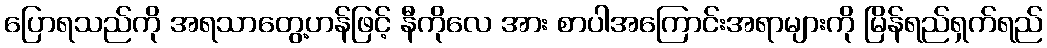
ပြောရသည်ကို အရသာတွေ့ဟန်ဖြင့် နီကိုလေ အား စာပါအကြောင်းအရာများကို မြိန်ရည်ရှက်ရည်